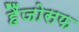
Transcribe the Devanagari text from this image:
हैंजोसफ